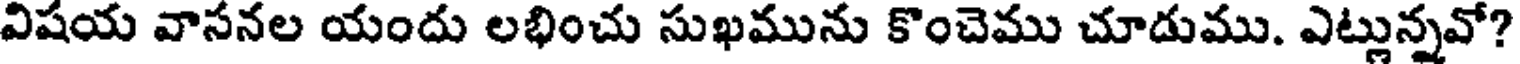
విషయ వాసనల యందు లభించు సుఖమును కొంచెము చూడుము. ఎట్లున్నవో?